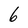
Character: 6